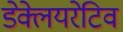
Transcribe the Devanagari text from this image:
डेक्लेयरेटिव